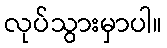
လုပ်သွားမှာပါ။